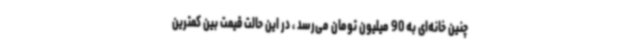
چنین خانه‌ای به 90 میلیون تومان می‌رسد ، در این حالت قیمت بین کمترین